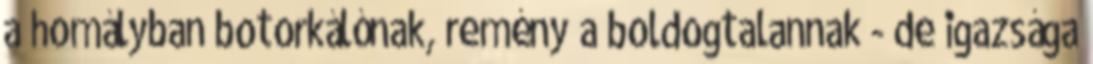
a homályban botorkálónak, remény a boldogtalannak - de igazsága